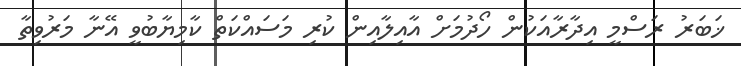
ޚަބަރު ރަސްމީ އިދާރާއަކުން ހޯދުމަށް އާއިލާއިން ކުރި މަސައްކަތް ކާމިޔާބުވީ އޭނާ މަރުވިތާ